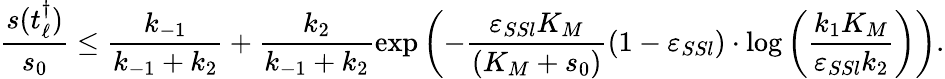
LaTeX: \frac{s(t_{\ell}^{\dagger})}{s_{0}}\leq\frac{k_{-1}}{k_{-1}+k_{2}}+\frac{k_{2}}{k_{-1}+k_{2}}\exp\left(-\frac{\varepsilon_{SSl}K_{M}}{(K_{M}+s_{0})}(1-\varepsilon_{SSl})\cdot\log\left(\frac{k_{1}K_{M}}{\varepsilon_{SSl}k_{2}}\right)\right).